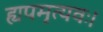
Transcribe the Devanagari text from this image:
ह्यपमृत्यवः।